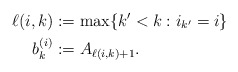
\begin{align*}\ell(i,k) &:= \max\{k' < k : i_{k'} = i\}\\b_k^{(i)} &:= A_{\ell(i,k) + 1}.\end{align*}